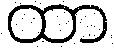
ထာ